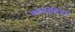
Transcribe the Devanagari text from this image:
कॉलोसिंथस